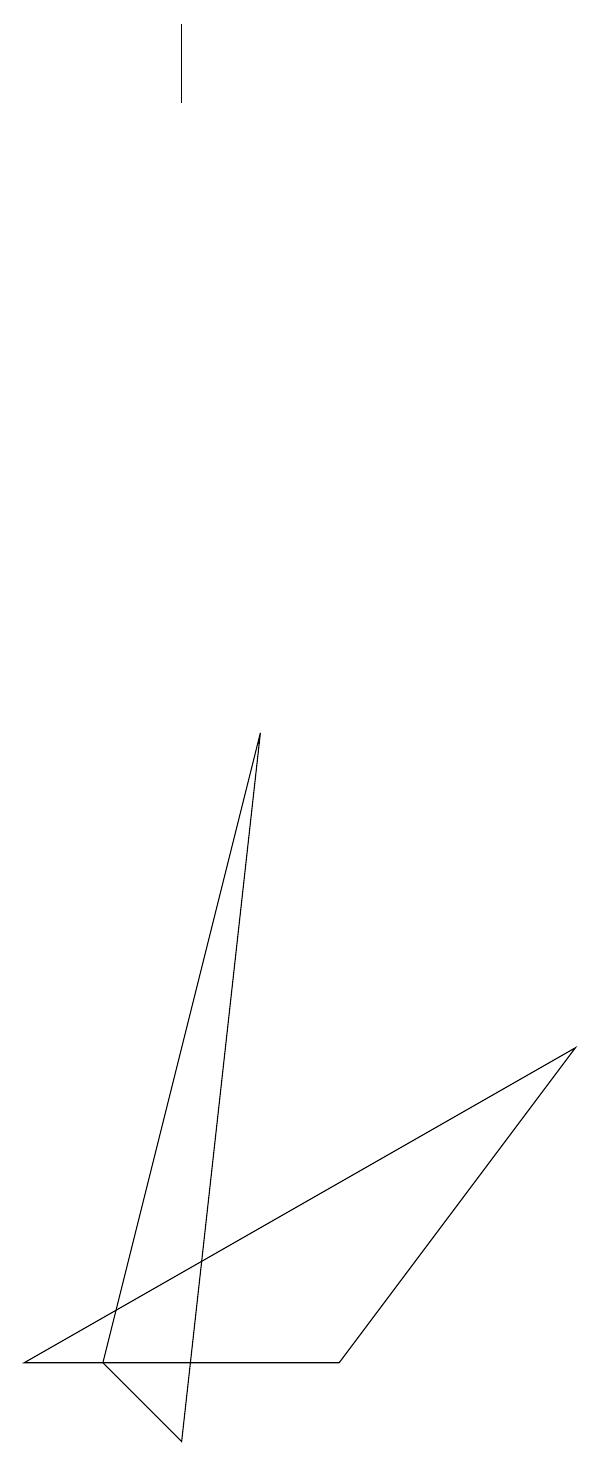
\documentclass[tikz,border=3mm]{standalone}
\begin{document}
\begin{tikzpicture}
\draw (8,5) -- (1,1) -- (5,1) -- cycle;
\draw (2,1) -- (3,0) -- (4,9) -- cycle;
\draw (3,17) rectangle (3,18);
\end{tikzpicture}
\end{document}